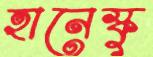
হানেস্কু